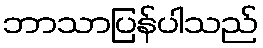
ဘာသာပြန်ပါသည်